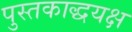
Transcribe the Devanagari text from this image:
पुस्तकाद्धयक्ष